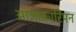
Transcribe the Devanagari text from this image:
आज्ञाकारिपन